Annual report of the Punjab Veterinary College and of the Civil Veterinary Department, Punjab - 1926-1932
Year: 1926
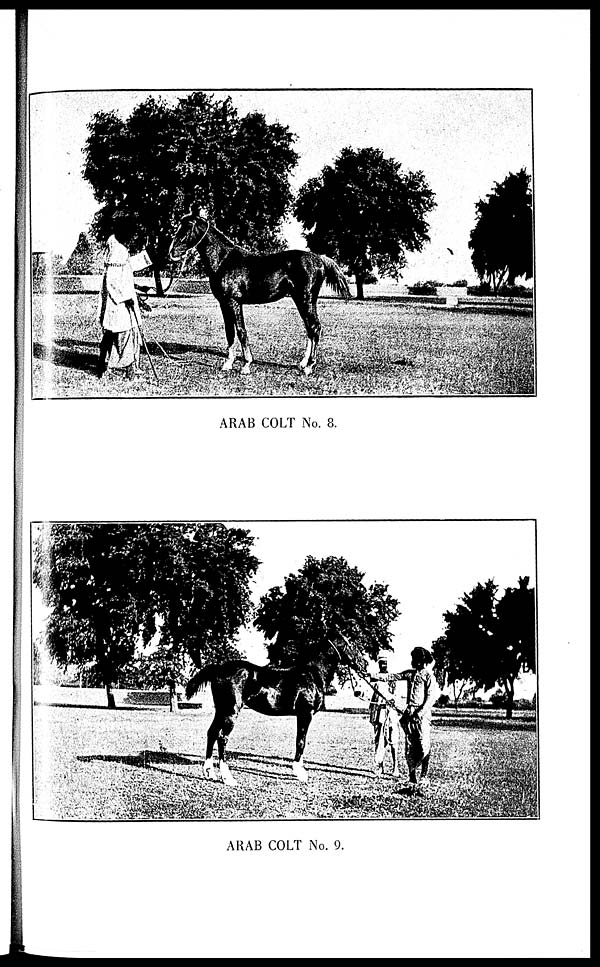
ARAB COLT No. 8.
ARAB COLT No. 9.